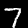
Digit: 7